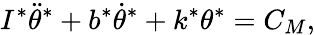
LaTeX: I^{*}\ddot{\theta}^{*}+b^{*}\dot{\theta}^{*}+k^{*}\theta^{*}=C_{M},